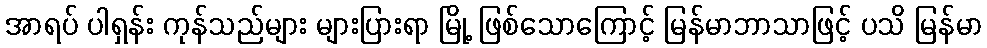
အာရပ် ပါရှန်း ကုန်သည်များ များပြားရာ မြို့ ဖြစ်သောကြောင့် မြန်မာဘာသာဖြင့် ပသိ မြန်မာ